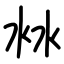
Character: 沝